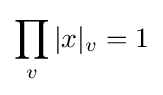
\prod _{v}|x|_{v}=1